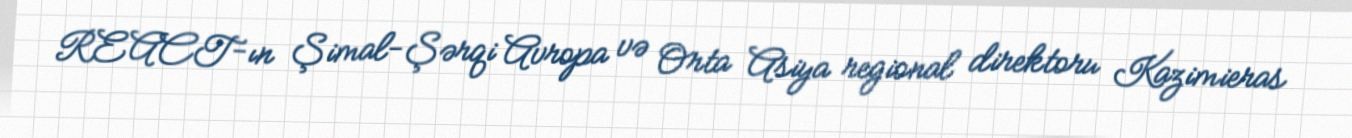
REACT-ın Şimal-Şərqi Avropa və Orta Asiya regional direktoru Kazimieras